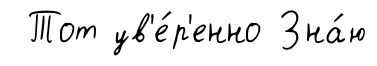
Тот ув'е́р'енно Зна́ю